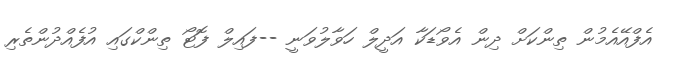
އެފްއޭއެމުން ތިންކަށް ދިން އެވޯޑަކާ އަދީލް ހަވާލުވަނީ --ފައިލް ފޮޓޯ ތިންކްގައި އުފެއްދުންތެރި